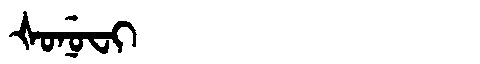
Manchu: ᡧᠣᠨᡠᠸᡳ
Romanization: ŠONUFI